Report on horse surra - Volume I
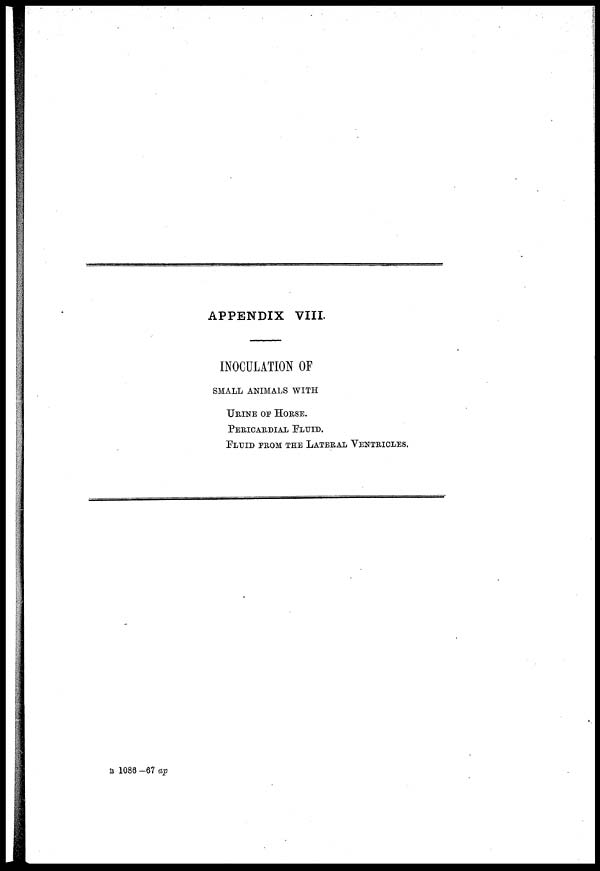
APPENDIX VIII.
INOCULATION OF
SMALL ANIMALS WITH
URINE OF HORSE.
PERICARDIAL FLUID.
FLUID FROM THE LATERAL VENTRICLES.
B 1086 -67 ap